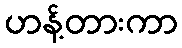
ဟန့်တားကာ